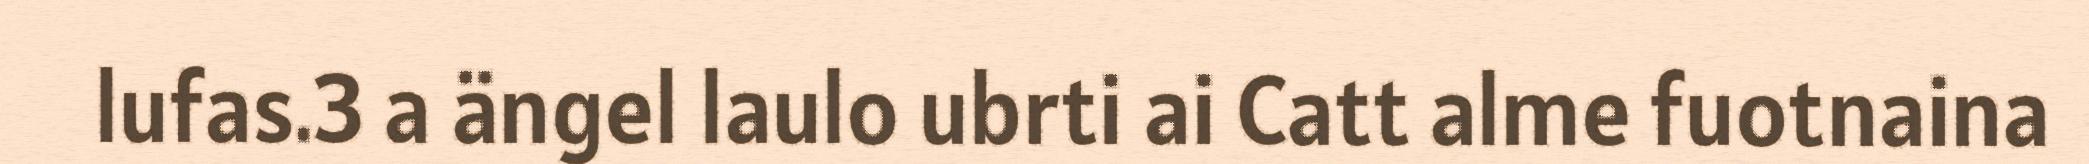
lufas.3 a ängel laulo ubrti ai Catt alme fuotnaina